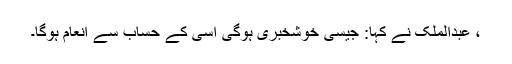
، عبدالملک نے کہا: جیسی خوشخبری ہوگی اسی کے حساب سے انعام ہوگا۔